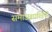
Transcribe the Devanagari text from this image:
समाजशास्त्रियो